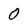
Character: 0